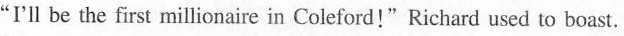
“I'll be the first millionaire in Coleford!” Richard used to boast